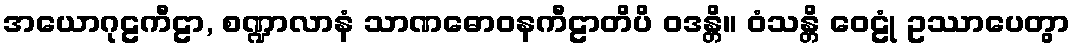
အယောဂုဠကီဠာ, စဏ္ဍာလာနံ သာဏဓောဝနကီဠာတိပိ ဝဒန္တိ။ ဝံသန္တိ ဝေဠုံ ဥဿာပေတွာ